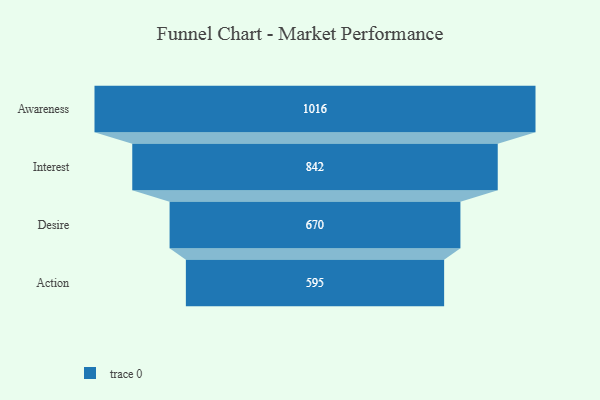
{"axis": {"x": "Stage", "y": "Value"}, "legend": [""], "data": [{"x": "Awareness", "y": 1016.0, "type": ""}, {"x": "Interest", "y": 842.0, "type": ""}, {"x": "Desire", "y": 670.0, "type": ""}, {"x": "Action", "y": 595.0, "type": ""}]}